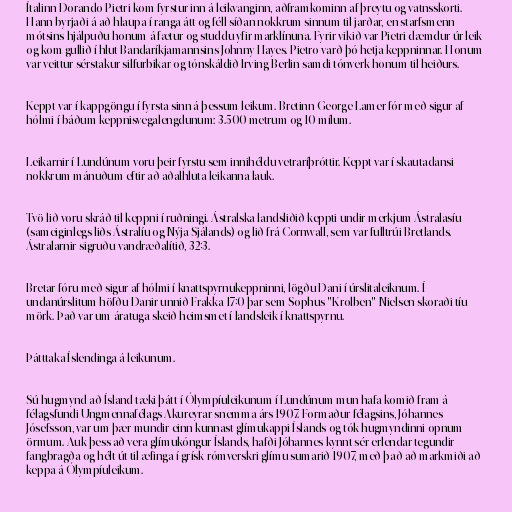
Ítalinn Dorando Pietri kom fyrstur inn á leikvanginn, aðframkominn af þreytu og vatnsskorti.
Hann byrjaði á að hlaupa í ranga átt og féll síðan nokkrum sinnum til jarðar, en starfsmenn
mótsins hjálpuðu honum á fætur og studdu yfir marklínuna. Fyrir vikið var Pietri dæmdur úr leik
og kom gullið í hlut Bandaríkjamannsins Johnny Hayes. Pietro varð þó hetja keppninnar. Honum
var veittur sérstakur silfurbikar og tónskáldið Irving Berlin samdi tónverk honum til heiðurs.

Keppt var í kappgöngu í fyrsta sinn á þessum leikum. Bretinn George Lamer fór með sigur af
hólmi í báðum keppnisvegalengdunum: 3.500 metrum og 10 mílum.

Leikarnir í Lundúnum voru þeir fyrstu sem innihéldu vetraríþróttir. Keppt var í skautadansi
nokkrum mánuðum eftir að aðalhluta leikanna lauk.

Tvö lið voru skráð til keppni í ruðningi. Ástralska landsliðið keppti undir merkjum Ástralasíu
(sameiginlegs liðs Ástralíu og Nýja Sjálands) og lið frá Cornwall, sem var fulltrúi Bretlands.
Ástralarnir sigruðu vandræðalítið, 32:3.

Bretar fóru með sigur af hólmi í knattspyrnukeppninni, lögðu Dani í úrslitaleiknum. Í
undanúrslitum höfðu Danir unnið Frakka 17:0 þar sem Sophus "Krølben" Nielsen skoraði tíu
mörk. Það var um áratuga skeið heimsmet í landsleik í knattspyrnu.

Þátttaka Íslendinga á leikunum.

Sú hugmynd að Ísland tæki þátt í Ólympíuleikunum í Lundúnum mun hafa komið fram á
félagsfundi Ungmennafélags Akureyrar snemma árs 1907. Formaður félagsins, Jóhannes
Jósefsson, var um þær mundir einn kunnast glímukappi Íslands og tók hugmyndinni opnum
örmum. Auk þess að vera glímukóngur Íslands, hafði Jóhannes kynnt sér erlendar tegundir
fangbragða og hélt út til æfinga í grísk-rómverskri glímu sumarið 1907, með það að markmiði að
keppa á Ólympíuleikum.